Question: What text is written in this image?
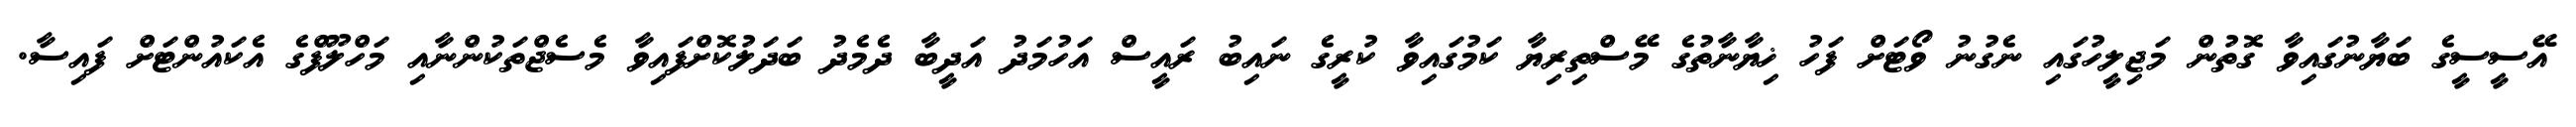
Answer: އޭސީސީގެ ބަޔާނުގައިވާ ގޮތުން މަޖިލީހުގައި ނެގުނު ވޯޓަށް ފަހު ޚިޔާނާތުގެ މޭސްތިރިޔާ ކަމުގައިވާ ކުރީގެ ނައިބު ރައީސް އަހުމަދު އަދީބާ ދެމެދު ބަދަލުކޮށްފައިވާ މެސެޖްތަކުންނާއި މަހްލޫފްގެ އެކައުންޓަށް ފައިސާ.